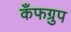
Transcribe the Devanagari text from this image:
कँफग्रुप